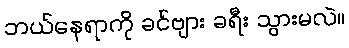
ဘယ်နေရာကို ခင်ဗျား ခရီး သွားမလဲ။